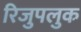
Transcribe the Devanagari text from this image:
रिजुपलुक